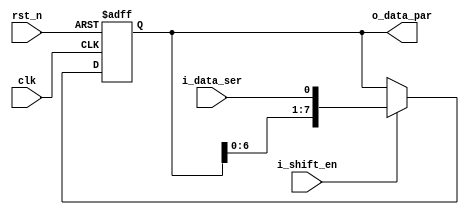
// +FHDR -----------------------------------------------------------------------
// Copyright (c) Silicon Optronics. Inc. 2021
//
// Version:             $Revision$
// Last Modified On:    8/26
// Last Modified By:    $Author$
//
// File Description:   parallel to serial
//                      
// Clock Domain: clk
// -FHDR -----------------------------------------------------------------------

module i2cm_s2p_dp
(

//----------------------------------------------//
// Output declaration                           //
//----------------------------------------------//

output  reg  [7:0]  o_data_par,

//----------------------------------------------//
// Input declaration                            //
//----------------------------------------------//

input               clk,
input               rst_n,
input               i_shift_en,
input               i_data_ser

);

//----------------------------------------------//
// Register & wire declaration                  //
//----------------------------------------------//

wire  [7:0]         o_data_par_nxt;

//----------------------------------------------//
// Code Descriptions                            //
//----------------------------------------------//

assign o_data_par_nxt = i_shift_en ? {o_data_par[6:0],i_data_ser} : o_data_par; 

always@(posedge clk or negedge rst_n) begin
  if(~rst_n)
       o_data_par     <= 8'h00;
  else 
       o_data_par     <= o_data_par_nxt; 
end

endmodule